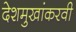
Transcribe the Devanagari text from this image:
देशमुखांकरवी